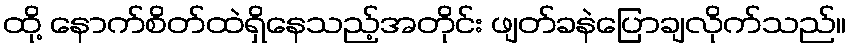
ထို့ နောက်စိတ်ထဲရှိနေသည့်အတိုင်း ဖျတ်ခနဲပြောချလိုက်သည်။